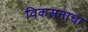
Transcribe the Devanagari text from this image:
विकसनाचा